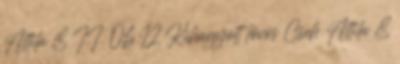
Attila 8 II. 06:12 Kihagyott lövés Cseh Attila 8